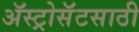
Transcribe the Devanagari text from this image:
ॲस्ट्रोसॅटसाठी